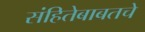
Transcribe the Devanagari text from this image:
संहितेबाबतचे